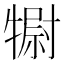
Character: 𤛌